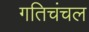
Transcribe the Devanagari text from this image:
गतिचंचल